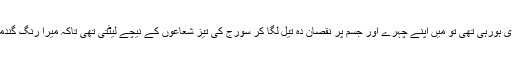
جب میں بڑی ہورہی تھی تو میں اپنے چہرے اور جسم پر نقصان دہ تیل لگا کر سورج کی تیز شعاعوں کے نیچے لیٹتی تھی تاکہ میرا رنگ گندمی ہو جائے۔